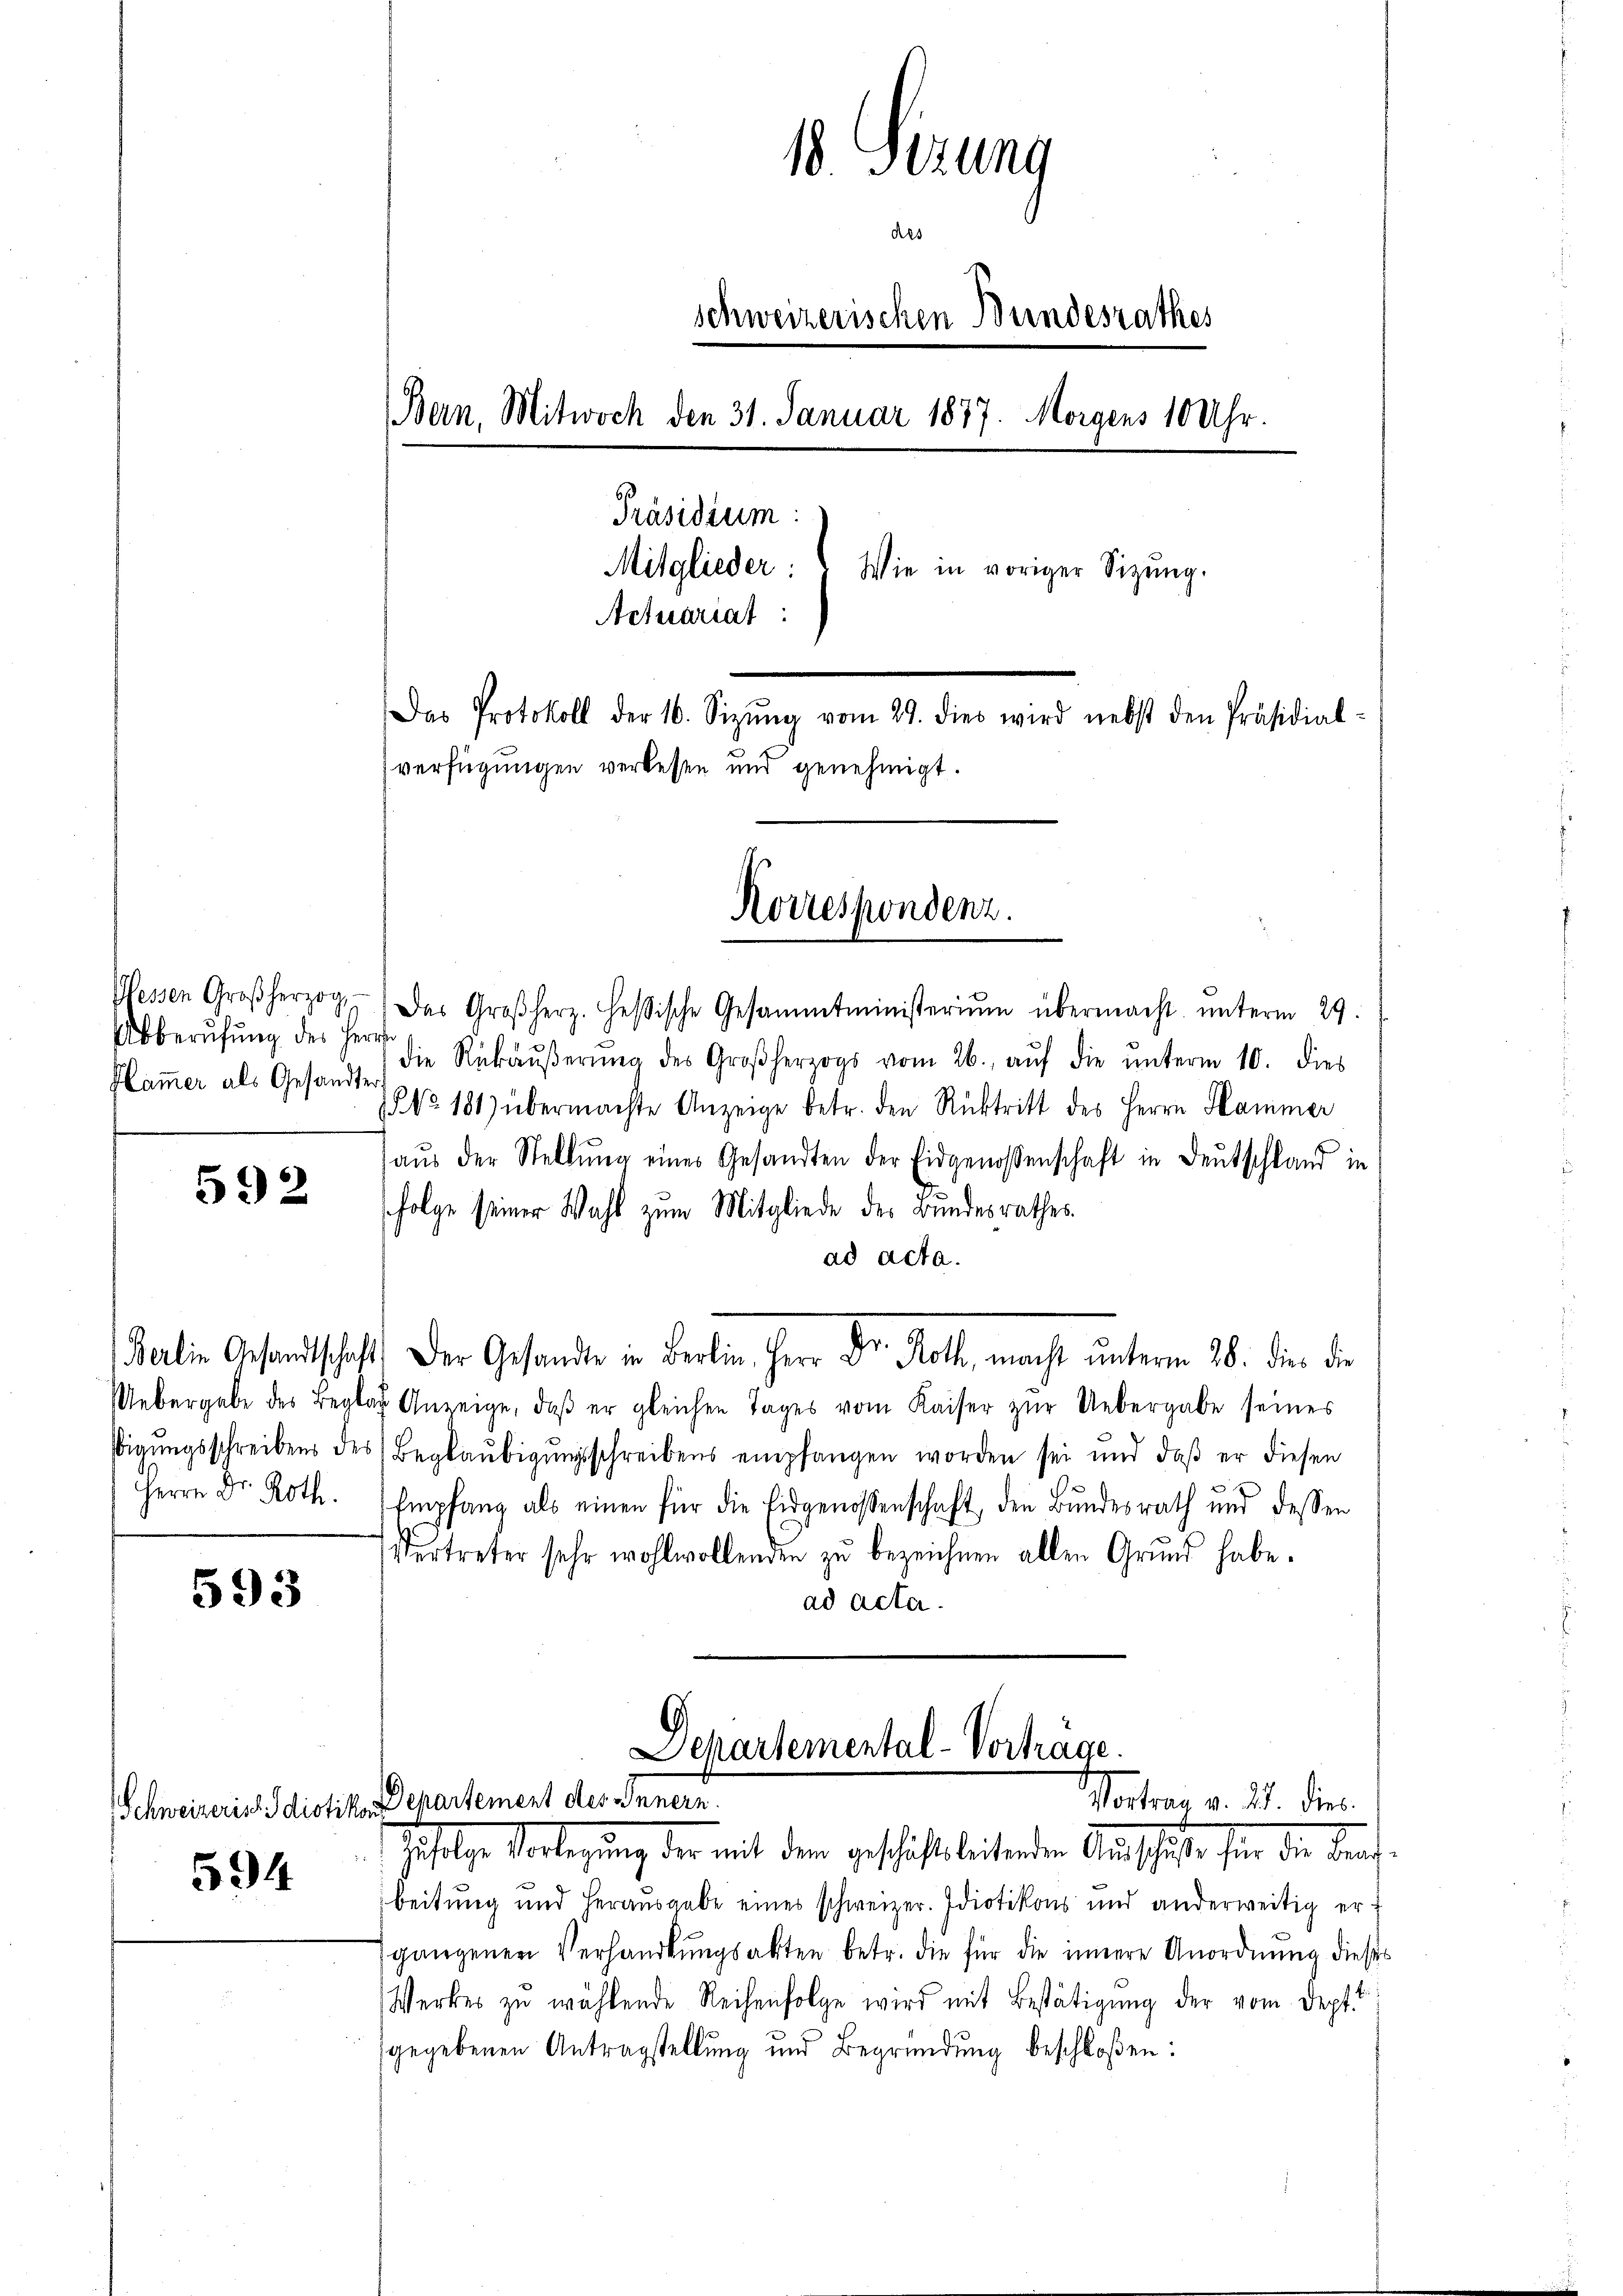
Abberufung des Herrn
Hammer als Gesandte

592

Herrn Dr. Roth.

593

594

18. Serung
des
schweizerischen Bundesrathes
Bern, Mitwoch den 31. Januar 1877. Morgens 10 Uhr.
Präsidium:
Mitglieder:
Wie in voriger Sizung.
Actuariat
Das Protokoll der 16. Sizŭng vom 29. dies wird nebst den Präsidial-
verfügungen verlesen und genehmigt.

Wessen Großherzog das Großherz. Heßische Gesammtministerium übermacht ŭnterm 29.
die Rekäŭβerŭng des Großherzogs vom 26. aŭf die ŭnterm 10. dies
 No. 181) übermachte Anzeige betr. den Rücktritt des Herrn Hammer
aŭs der Stellŭng eines Gesandten der Eidgenossenschaft in Deutschland in
folge seiner Wahl zum Mitgliede der Bundesrathes
ad acta.
Berlin Gesandtschaft. Der Gesandte in Berlin, Herr Dr. Roth, macht unterm 28. die die
Uebergabe des Begler Anzeige, daβ er gleichen Tages vom Kaiser zŭr Uebergabe seines
sigŭngsschreibens des Beglaŭbigŭngsschreibens empfangen worden sei und daß er diesen
Empfang als einen für die Eidgenossenschaft, den Bundesrath und dessen
Vertreter sehr wohlwollenden zu bezeichnen allen Grund habe.
ad acta.

Korrespondenz.

Departemental-Vortrage.
Vortrag v. 22. dies
Schweizerist. Idiotikon Departement des Innern.
Häfelige Verlegung der mit dem geschäftsbeitenden Amtschäfte der die Beach¬

beitung und herausgabe eines schweizer. Idiotikons und anderweitig erf
gangenen Verhandlungsakten betr. die für die innere Unordnung dieses
Werker zŭ wählende Reihenfolge wird mit Bestätigung der vom Dept
gegebenen Antragstellung und Begründung beschloßen: